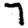
Digit: 7